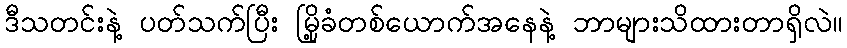
ဒီသတင်းနဲ့ ပတ်သက်ပြီး မြို့ခံတစ်ယောက်အနေနဲ့ ဘာများသိထားတာရှိလဲ။